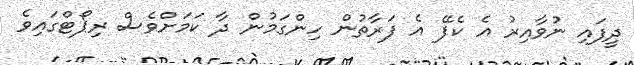
ދީފައި ނުވާއިރު އެ ކެފޭ އެ ފަރާތުން ހިންގަމުން ދާ ކަމަށްވެސް ރިޕޯޓްގައިވެ